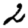
Digit: 2